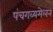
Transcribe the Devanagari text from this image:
पंचगव्यमेलन